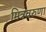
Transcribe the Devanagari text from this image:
मित्रवरुणा